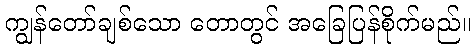
ကျွန်တော်ချစ်သော တောတွင် အခြေပြန်စိုက်မည်။